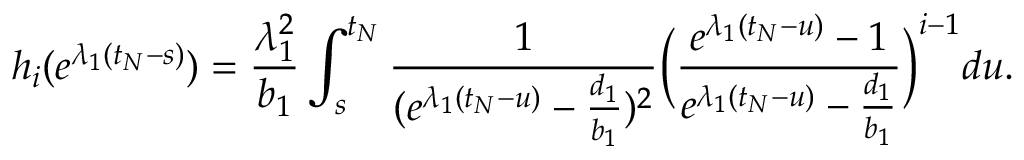
h _ { i } ( e ^ { \lambda _ { 1 } ( t _ { N } - s ) } ) = \frac { \lambda _ { 1 } ^ { 2 } } { b _ { 1 } } \int _ { s } ^ { t _ { N } } \frac { 1 } { ( e ^ { \lambda _ { 1 } ( t _ { N } - u ) } - \frac { d _ { 1 } } { b _ { 1 } } ) ^ { 2 } } \Big ( \frac { e ^ { \lambda _ { 1 } ( t _ { N } - u ) } - 1 } { e ^ { \lambda _ { 1 } ( t _ { N } - u ) } - \frac { d _ { 1 } } { b _ { 1 } } } \Big ) ^ { i - 1 } d u .